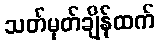
သတ်မှတ်ချိန်ထက်